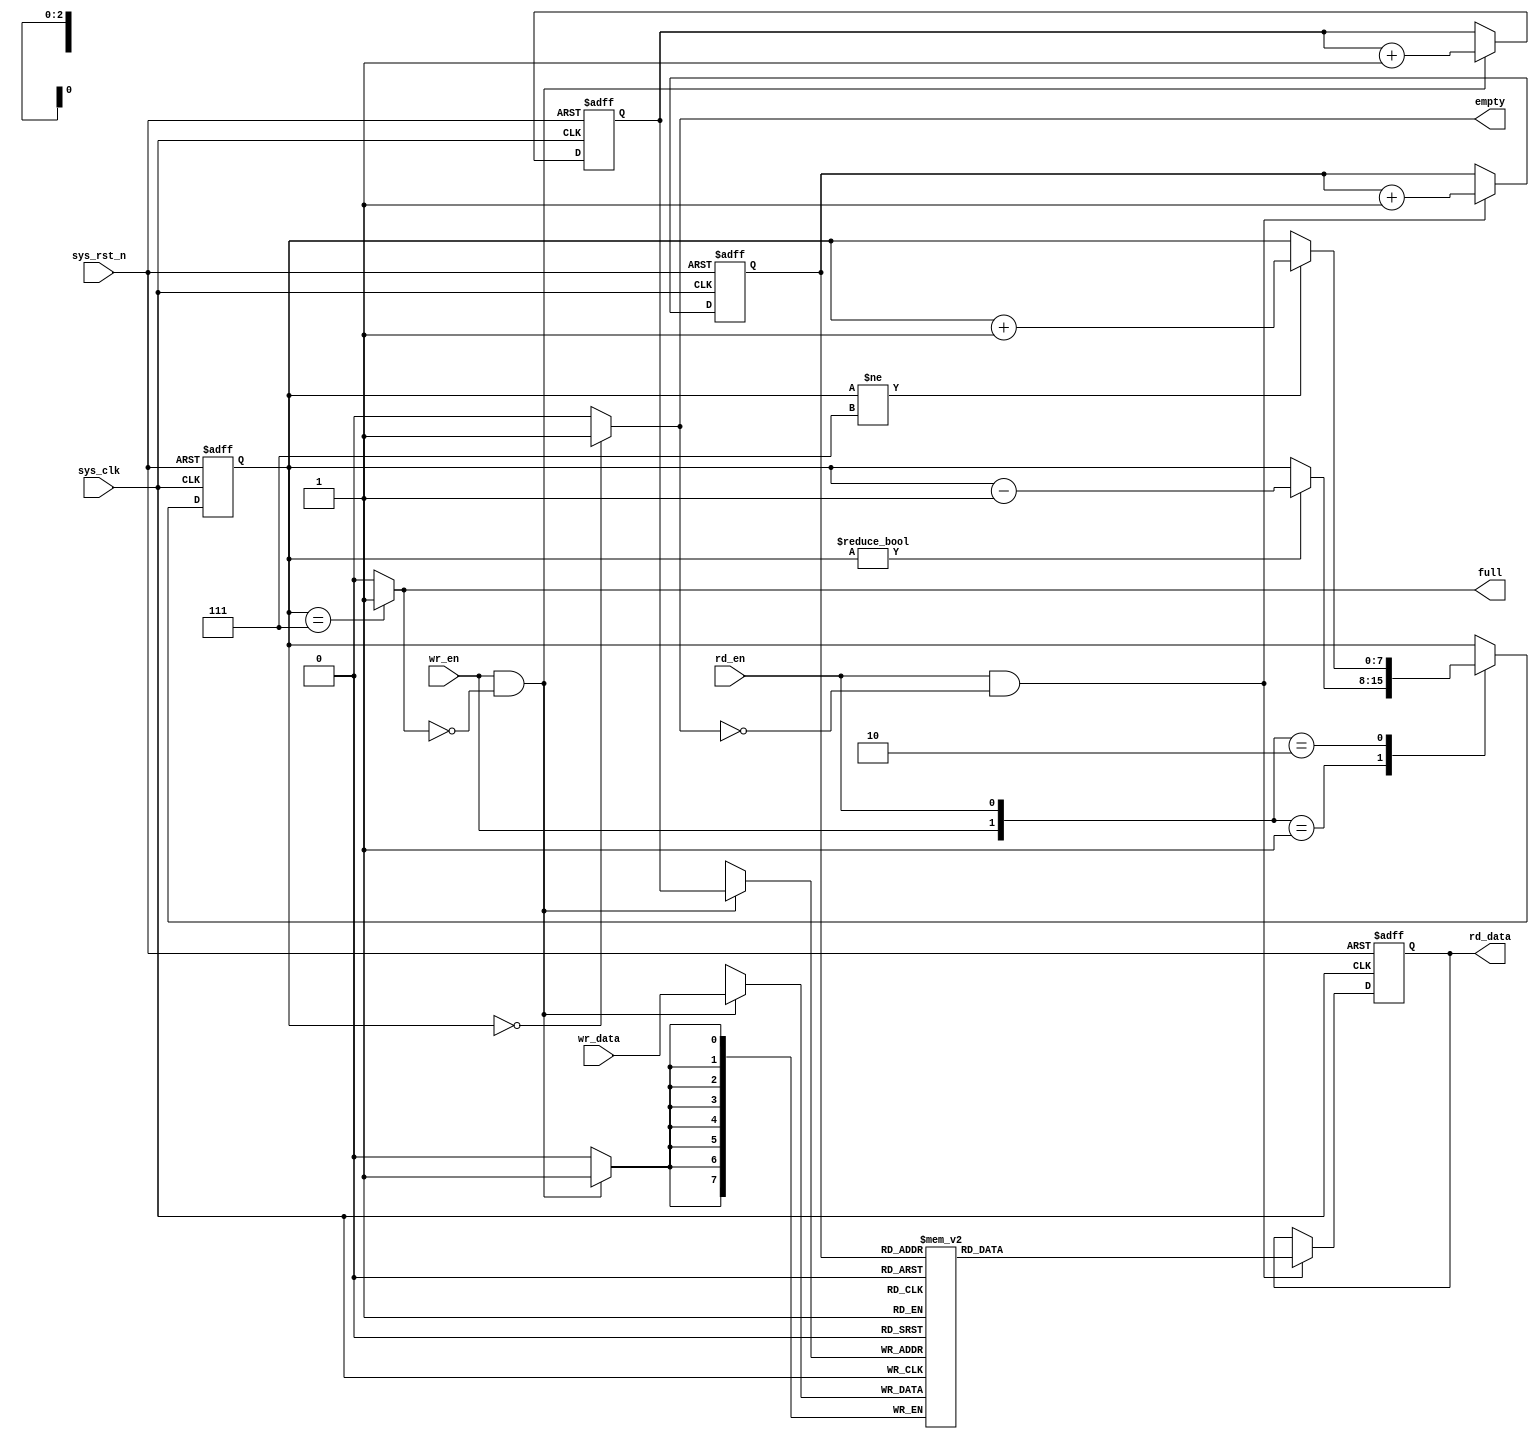
module sync_fifo(
    input sys_clk,
    input sys_rst_n,
    input [7:0] wr_data,
    input wr_en,
    input rd_en,

    output reg [7:0] rd_data,
    output reg empty,
    output reg full 
);

parameter WIDTH = 8 ;
parameter ADDRSIZE = 3;
parameter DEPTH = 1 << ADDRSIZE ;

reg [ADDRSIZE-1:0] wr_addr ;
reg [ADDRSIZE-1:0] rd_addr ;
reg [WIDTH-1:0] mem [DEPTH-1:0];
reg [DEPTH-1:0] count;

//read
always @(posedge sys_clk or negedge sys_rst_n) begin
    if (!sys_rst_n)
        rd_data <= 0;
    else if(rd_en && empty==0)
        rd_data <= mem[rd_addr];
end

//write
always @(posedge sys_clk ) begin
    if(wr_en && full==0)
    mem[wr_addr] <= wr_data;
end

//
always @(posedge sys_clk or negedge sys_rst_n) begin
    if(!sys_rst_n)
        rd_addr <= 0;
    else if (rd_en && empty == 0)
        rd_addr <= rd_addr + 1 ;
end

//
always@ (posedge sys_clk or negedge sys_rst_n) begin
    if(!sys_rst_n)
        wr_addr <= 0;
    else if (wr_en && full == 0)
        wr_addr <= wr_addr + 1 ;
end

//
always @(posedge sys_clk or negedge sys_rst_n) begin
    if(!sys_rst_n)
        count <= 0;
    else begin
        case({wr_en,rd_en})
            2'b00:count <= count;
            2'b01:
                if (count != 0)
                count <= count -1;
            2'b10:
                if (count != (DEPTH-1))
                count <= count +1;
            2'b11:count <= count;
        endcase
    end
end

always@(count) begin
    if (count == 0)
        empty <= 1;
    else
        empty = 0;
end

always@(count) begin
    if (count == (DEPTH -1))
        full <= 1;
    else
        full = 0;
end

endmodule